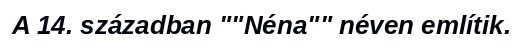
A 14. században ""Néna"" néven említik.